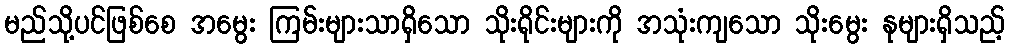
မည်သို့ပင်ဖြစ်စေ အမွေး ကြမ်းများသာရှိသော သိုးရိုင်းများကို အသုံးကျသော သိုးမွေး နုများရှိသည့်